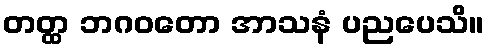
တတ္ထ ဘဂဝတော အာသနံ ပညပေသိ။